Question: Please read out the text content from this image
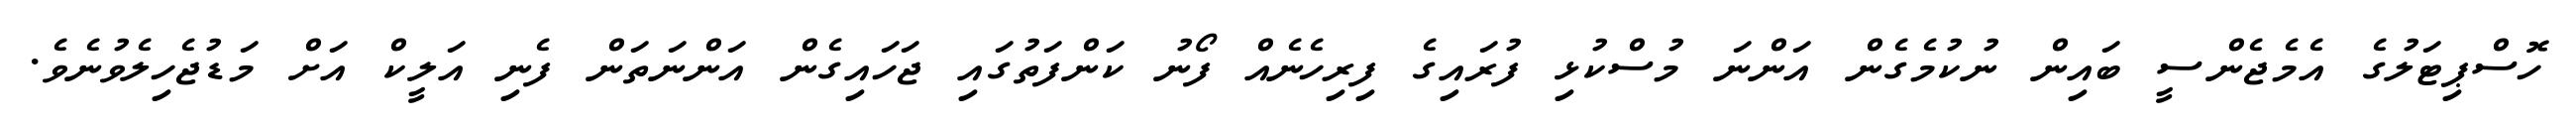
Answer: ހޮސްޕިޓަލުގެ އެމެޖެންސީ ބައިން ނުކުމެގެން އަންނަ މުސްކުޅި ފުރައިގެ ފިރިހެނެއް ފޯނު ކަންފަތުގައި ޖަހައިގެން އަންނަތަން ފެނި އަލީކް އަށް މަޑުޖެހިލެވުނެވެ.